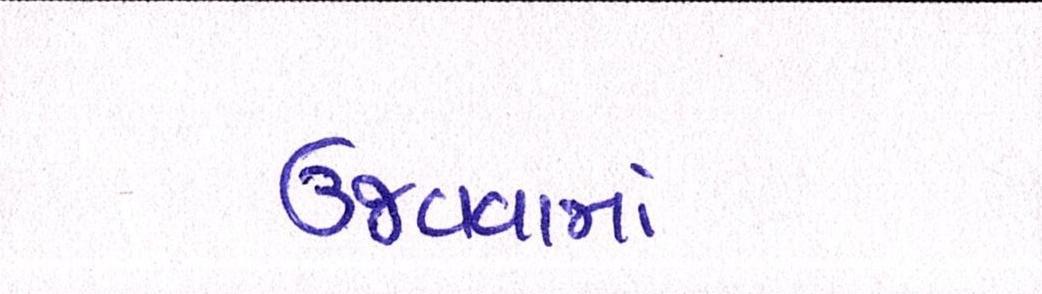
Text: ઉજવવામાં